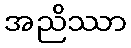
အညိဿာ